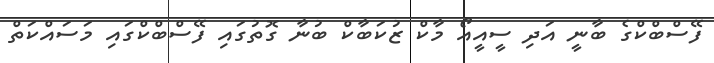
ފޭސްބްކްގެ ބާނީ އަދި ސީއީއޯ މާކް ޒުކަބާކް ބުނާ ގޮތުގައި ފޭސްބްކްގައި މަސައްކަތް